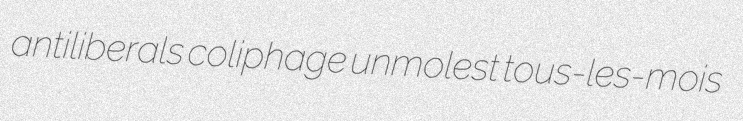
antiliberals coliphage unmolest tous-les-mois